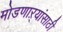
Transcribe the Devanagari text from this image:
मोडणाऱ्यांसाठी